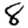
Digit: 8